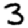
Digit: 3